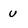
Character: u